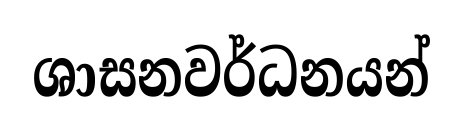
ශාසනවර්ධනයන්